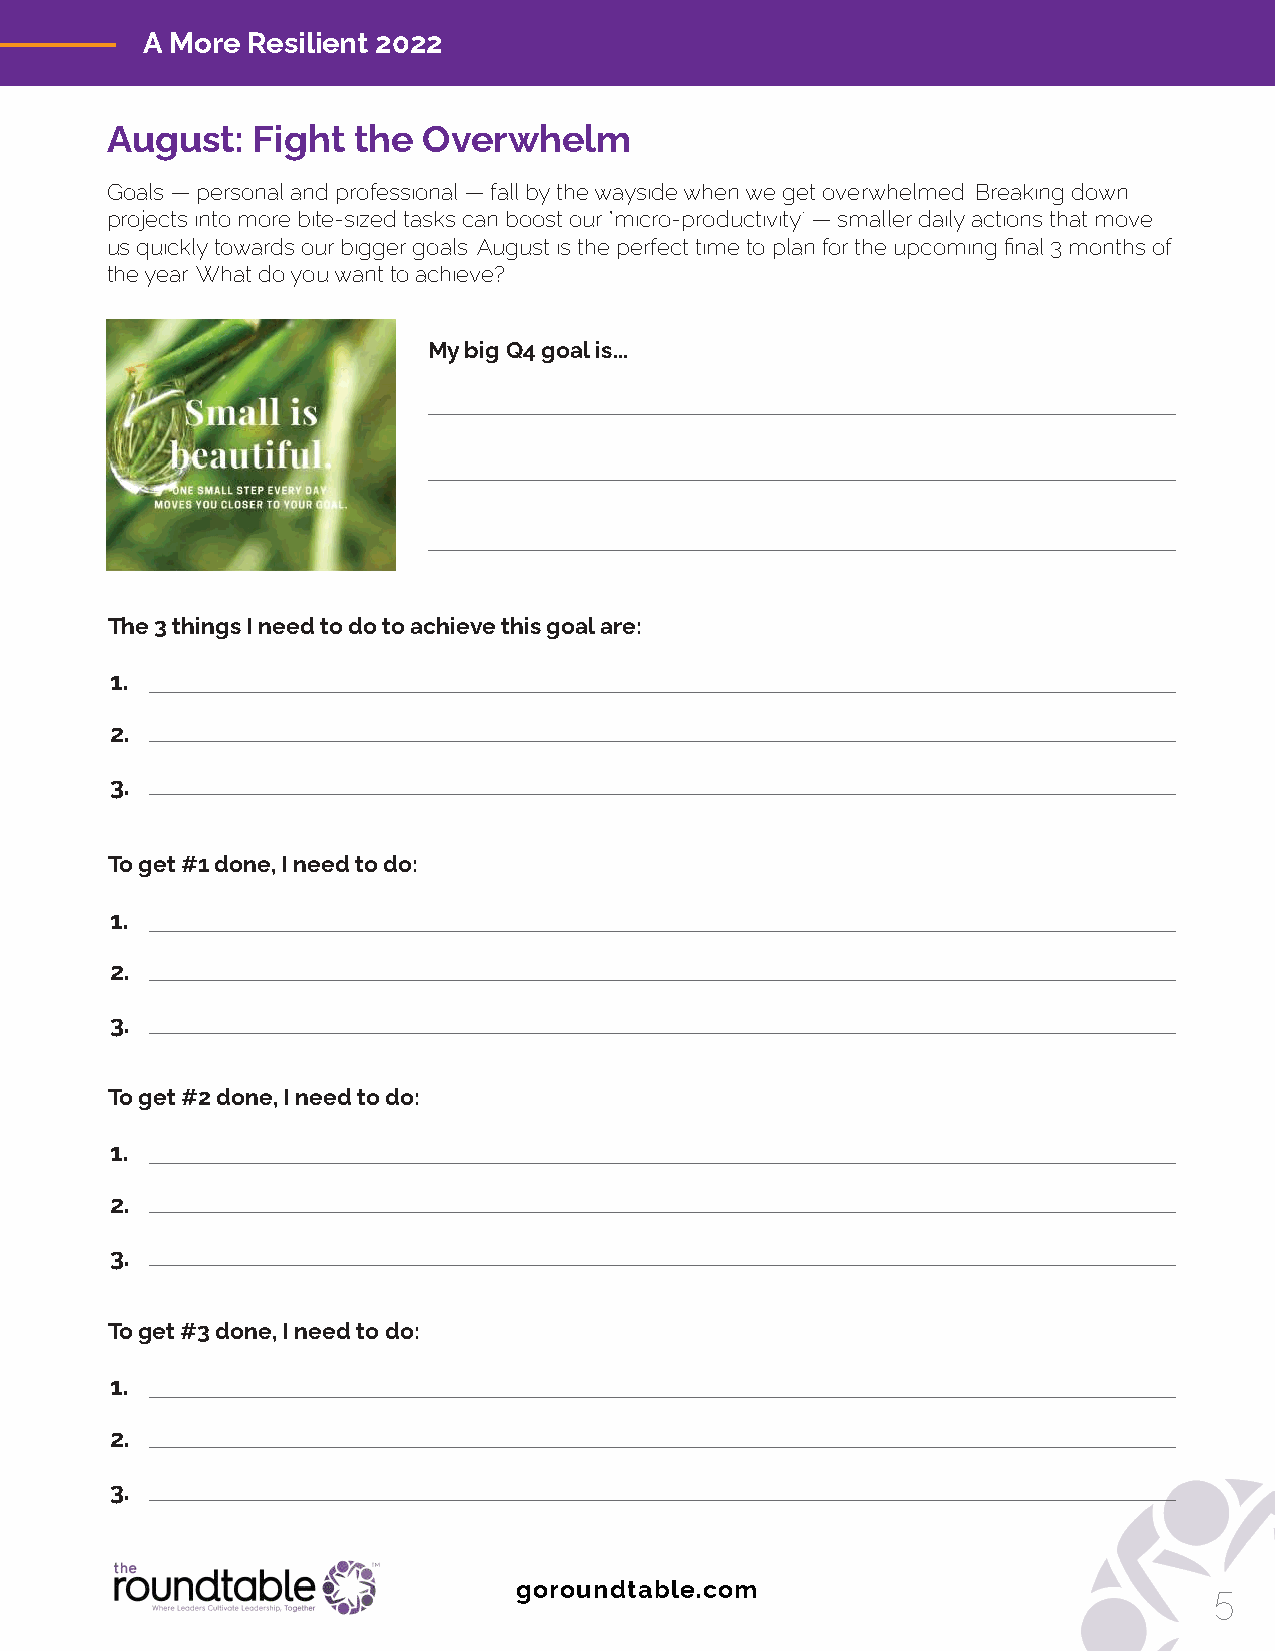
A More Resilient 2022
 August:   Fight the  Overwhelm
 Goals — personal and professional — fall by the wayside when we get overwhelmed. Breaking down
 projects into more bite-sized tasks can boost our “micro-productivity" — smaller daily actions that move
 us quickly towards our bigger goals. August is the perfect time to plan for the upcoming final 3 months of
 the year. What do you want to achieve?
 My big Q4 goal is...
 The 3 things I need to do to achieve this goal are:
 1.
 2.
 3.
 To get #1 done, I need to do:
 1.
 2.
 3.
 To get #2 done, I need to do:
 1.
 2.
 3.
 To get #3 done, I need to do:
 1.
 2.
 3.
 goroundtable.com                              5